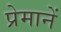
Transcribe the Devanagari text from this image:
प्रेमानें